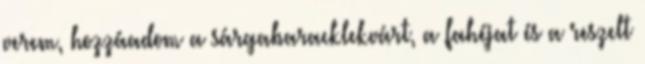
verem, hozzáadom a sárgabaracklekvárt, a fahéjat és a reszelt